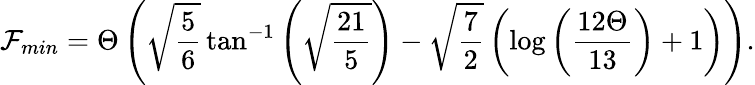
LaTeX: \mathcal{F}_{min}=\Theta\left(\sqrt{\frac{5}{6}}\tan^{-1}\left(\sqrt{\frac{21}{5}}\right)-\sqrt{\frac{7}{2}}\left(\log\left(\frac{12\Theta}{13}\right)+1\right)\right).